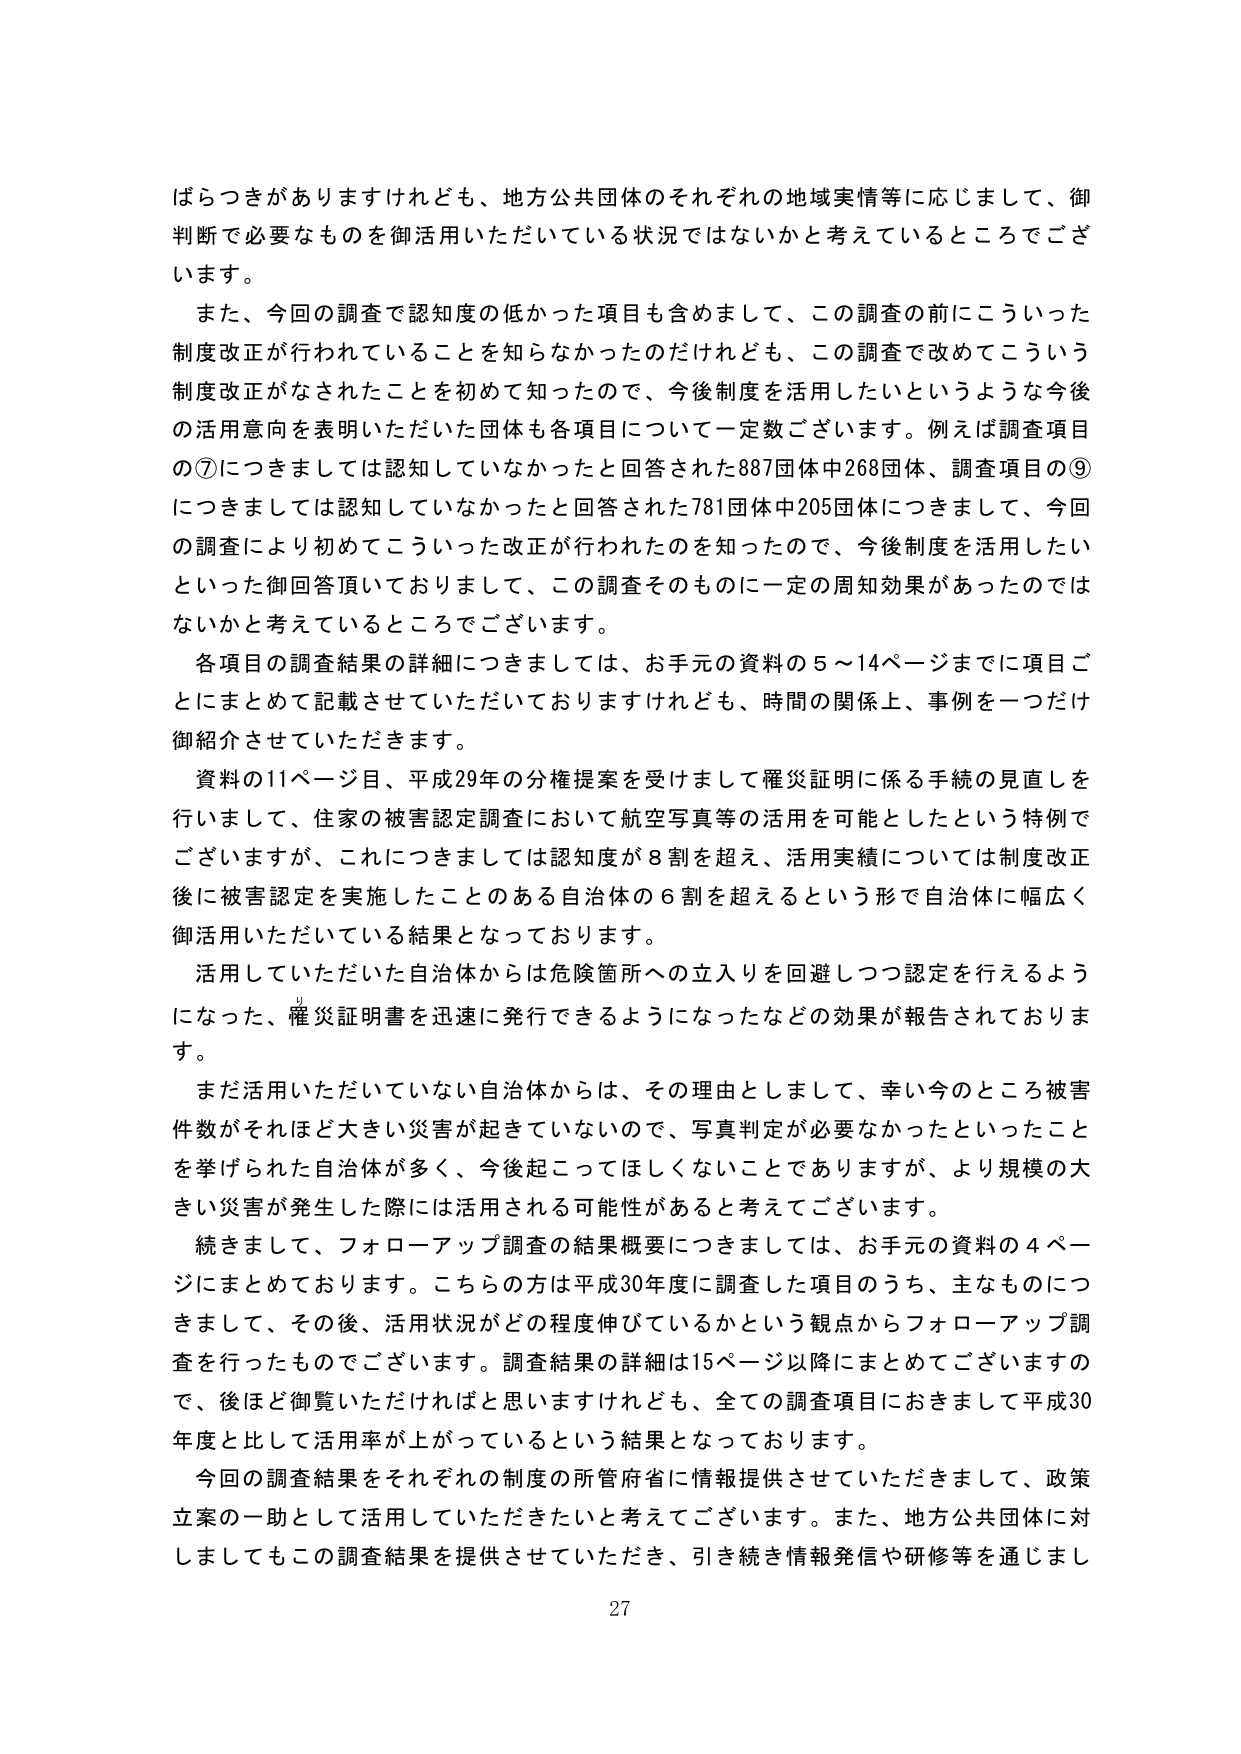
ばらつきがありますけれども、地方公共団体のそれぞれの地域実情等に応じまして、御判断で必要なものを御活用いただいている状況ではないかと考えているところでございます。

また、今回の調査で認知度の低かった項目も含めまして、この調査の前にこういった制度改正が行われていることを知らなかったのだけれども、この調査で改めてこういう制度改正がなされたことを初めて知ったので、今後制度を活用したいというような今後の活用意向を表明いただいた団体も各項目について一定数ございます。例えば調査項目の⑦につきましては認知していなかったと回答された887団体中268団体、調査項目の⑨につきましては認知していなかったと回答された781団体中205団体につきまして、今回の調査により初めてこういった改正が行われたのを知ったので、今後制度を活用したいといった御回答頂いておりまして、この調査そのものに一定の周知効果があったのではないかと考えているところでございます。

各項目の調査結果の詳細につきましては、お手元の資料の5～14ページまでに項目ごとにまとめて記載させていただいておりますけれども、時間の関係上、事例を一つだけ御紹介させていただきます。

資料の11ページ目、平成29年の分権提案を受けまして罹災証明に係る手続の見直しを行いまして、住家の被害認定調査において航空写真等の活用を可能としたという特例でございますが、これにつきましては認知度が8割を超え、活用実績については制度改正後に被害認定を実施したことのある自治体の6割を超えるという形で自治体に幅広く御活用いただいている結果となっております。

活用していただいた自治体からは危険箇所への立入りを回避しつつ認定を行えるようになった、罹災証明書を迅速に発行できるようになったなどの効果が報告されております。

まだ活用いただいていない自治体からは、その理由としまして、幸い今のところ被害件数がそれほど大きい災害が起きていないので、写真判定が必要なかったといったことを挙げられた自治体が多く、今後起こってほしくないことではありますが、より規模の大きい災害が発生した際には活用される可能性があると考えております。

続きまして、フォローアップ調査の結果概要につきましては、お手元の資料の4ページにまとめております。こちらの方は平成30年度に調査した項目のうち、主なものにつきまして、その後、活用状況がどの程度伸びているかという観点からフォローアップ調査を行ったものでございます。調査結果の詳細は15ページ以降にまとめてございますので、後ほど御覧いただければと思いますけれども、全ての調査項目におきまして平成30年度と比して活用率が上がっているという結果となっております。

今回の調査結果をそれぞれの制度の所管府省に情報提供させていただきまして、政策立案の一助として活用していただきたいと考えております。また、地方公共団体に対しましてもこの調査結果を提供させていただき、引き続き情報発信や研修等を通じまし

27